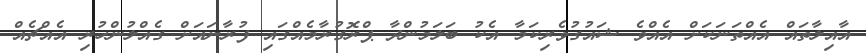
އާއިލާތައް އެއްތަނަކަށް އެއްވެ ޝައުގުވެރިކަމާ އެކު ބަލަމުންދާ ޕްރޮގުރާމެއްގައި ފުރާނައަށް ގެއްލުންހުރި އެއްޗެއް